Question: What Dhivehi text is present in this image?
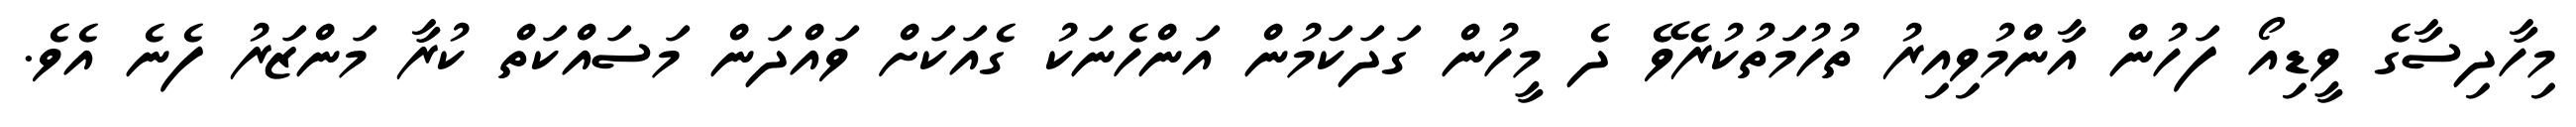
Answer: މިހާދިސާގެ ވީޑިއޯ ފަހުން އާންމުވިއިރު ތުހުމަތުކުރެވޭ ދެ މީހުން ގަދަކަމުން އަންހެނަކު ގެއަކަށް ވައްދަން މަސައްކަތް ކުރާ މަންޒަރު ފެނެ އެވެ.